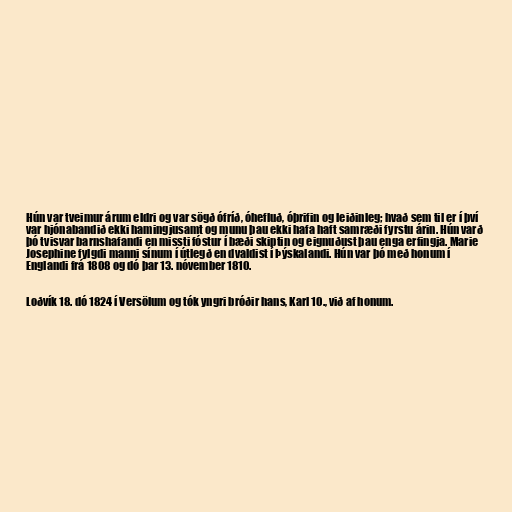
Hún var tveimur árum eldri og var sögð ófríð, óhefluð, óþrifin og leiðinleg; hvað sem til er í því
var hjónabandið ekki hamingjusamt og munu þau ekki hafa haft samræði fyrstu árin. Hún varð
þó tvisvar barnshafandi en missti fóstur í bæði skiptin og eignuðust þau enga erfingja. Marie
Josephine fylgdi manni sínum í útlegð en dvaldist í Þýskalandi. Hún var þó með honum í
Englandi frá 1808 og dó þar 13. nóvember 1810.

Loðvík 18. dó 1824 í Versölum og tók yngri bróðir hans, Karl 10., við af honum.